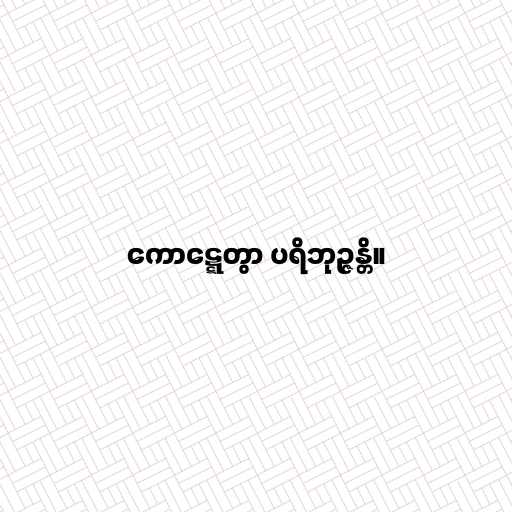
ကောဋ္ဋေတွာ ပရိဘုဉ္ဇန္တိ။